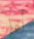
أعلم